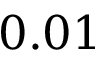
0 . 0 1